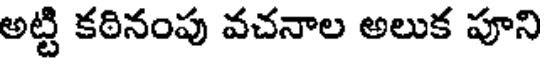
అట్టి కఠినంపు వచనాల అలుక పూని